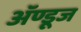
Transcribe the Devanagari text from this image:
ॲण्डूज